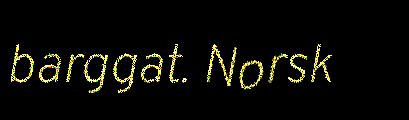
barggat. Norsk